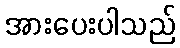
အားပေးပါသည်